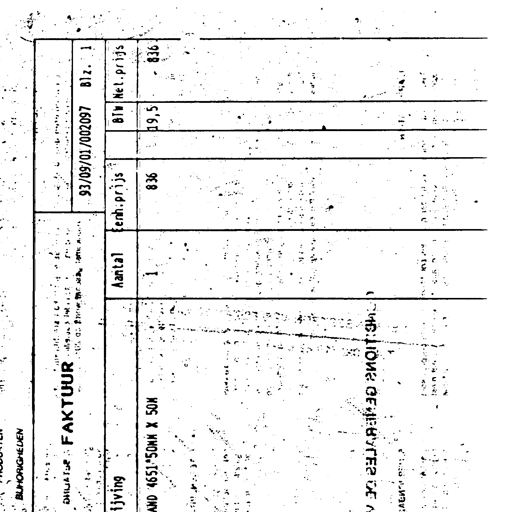
BIJHORIGHEDEN
FAKTUUR
93/09/01/002097
Blz. 1
Aantal
Een h. prijs
BTW
Net. prijs
1
836
19,5
836